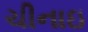
ચીનાઇ